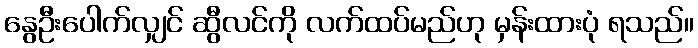
နွေဦးပေါက်လျှင် ဆွီလင်ကို လက်ထပ်မည်ဟု မှန်းထားပုံ ရသည်။